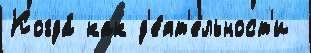
Когда́ как д'е́ят'ельност'и